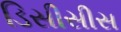
ડિસીસીસ